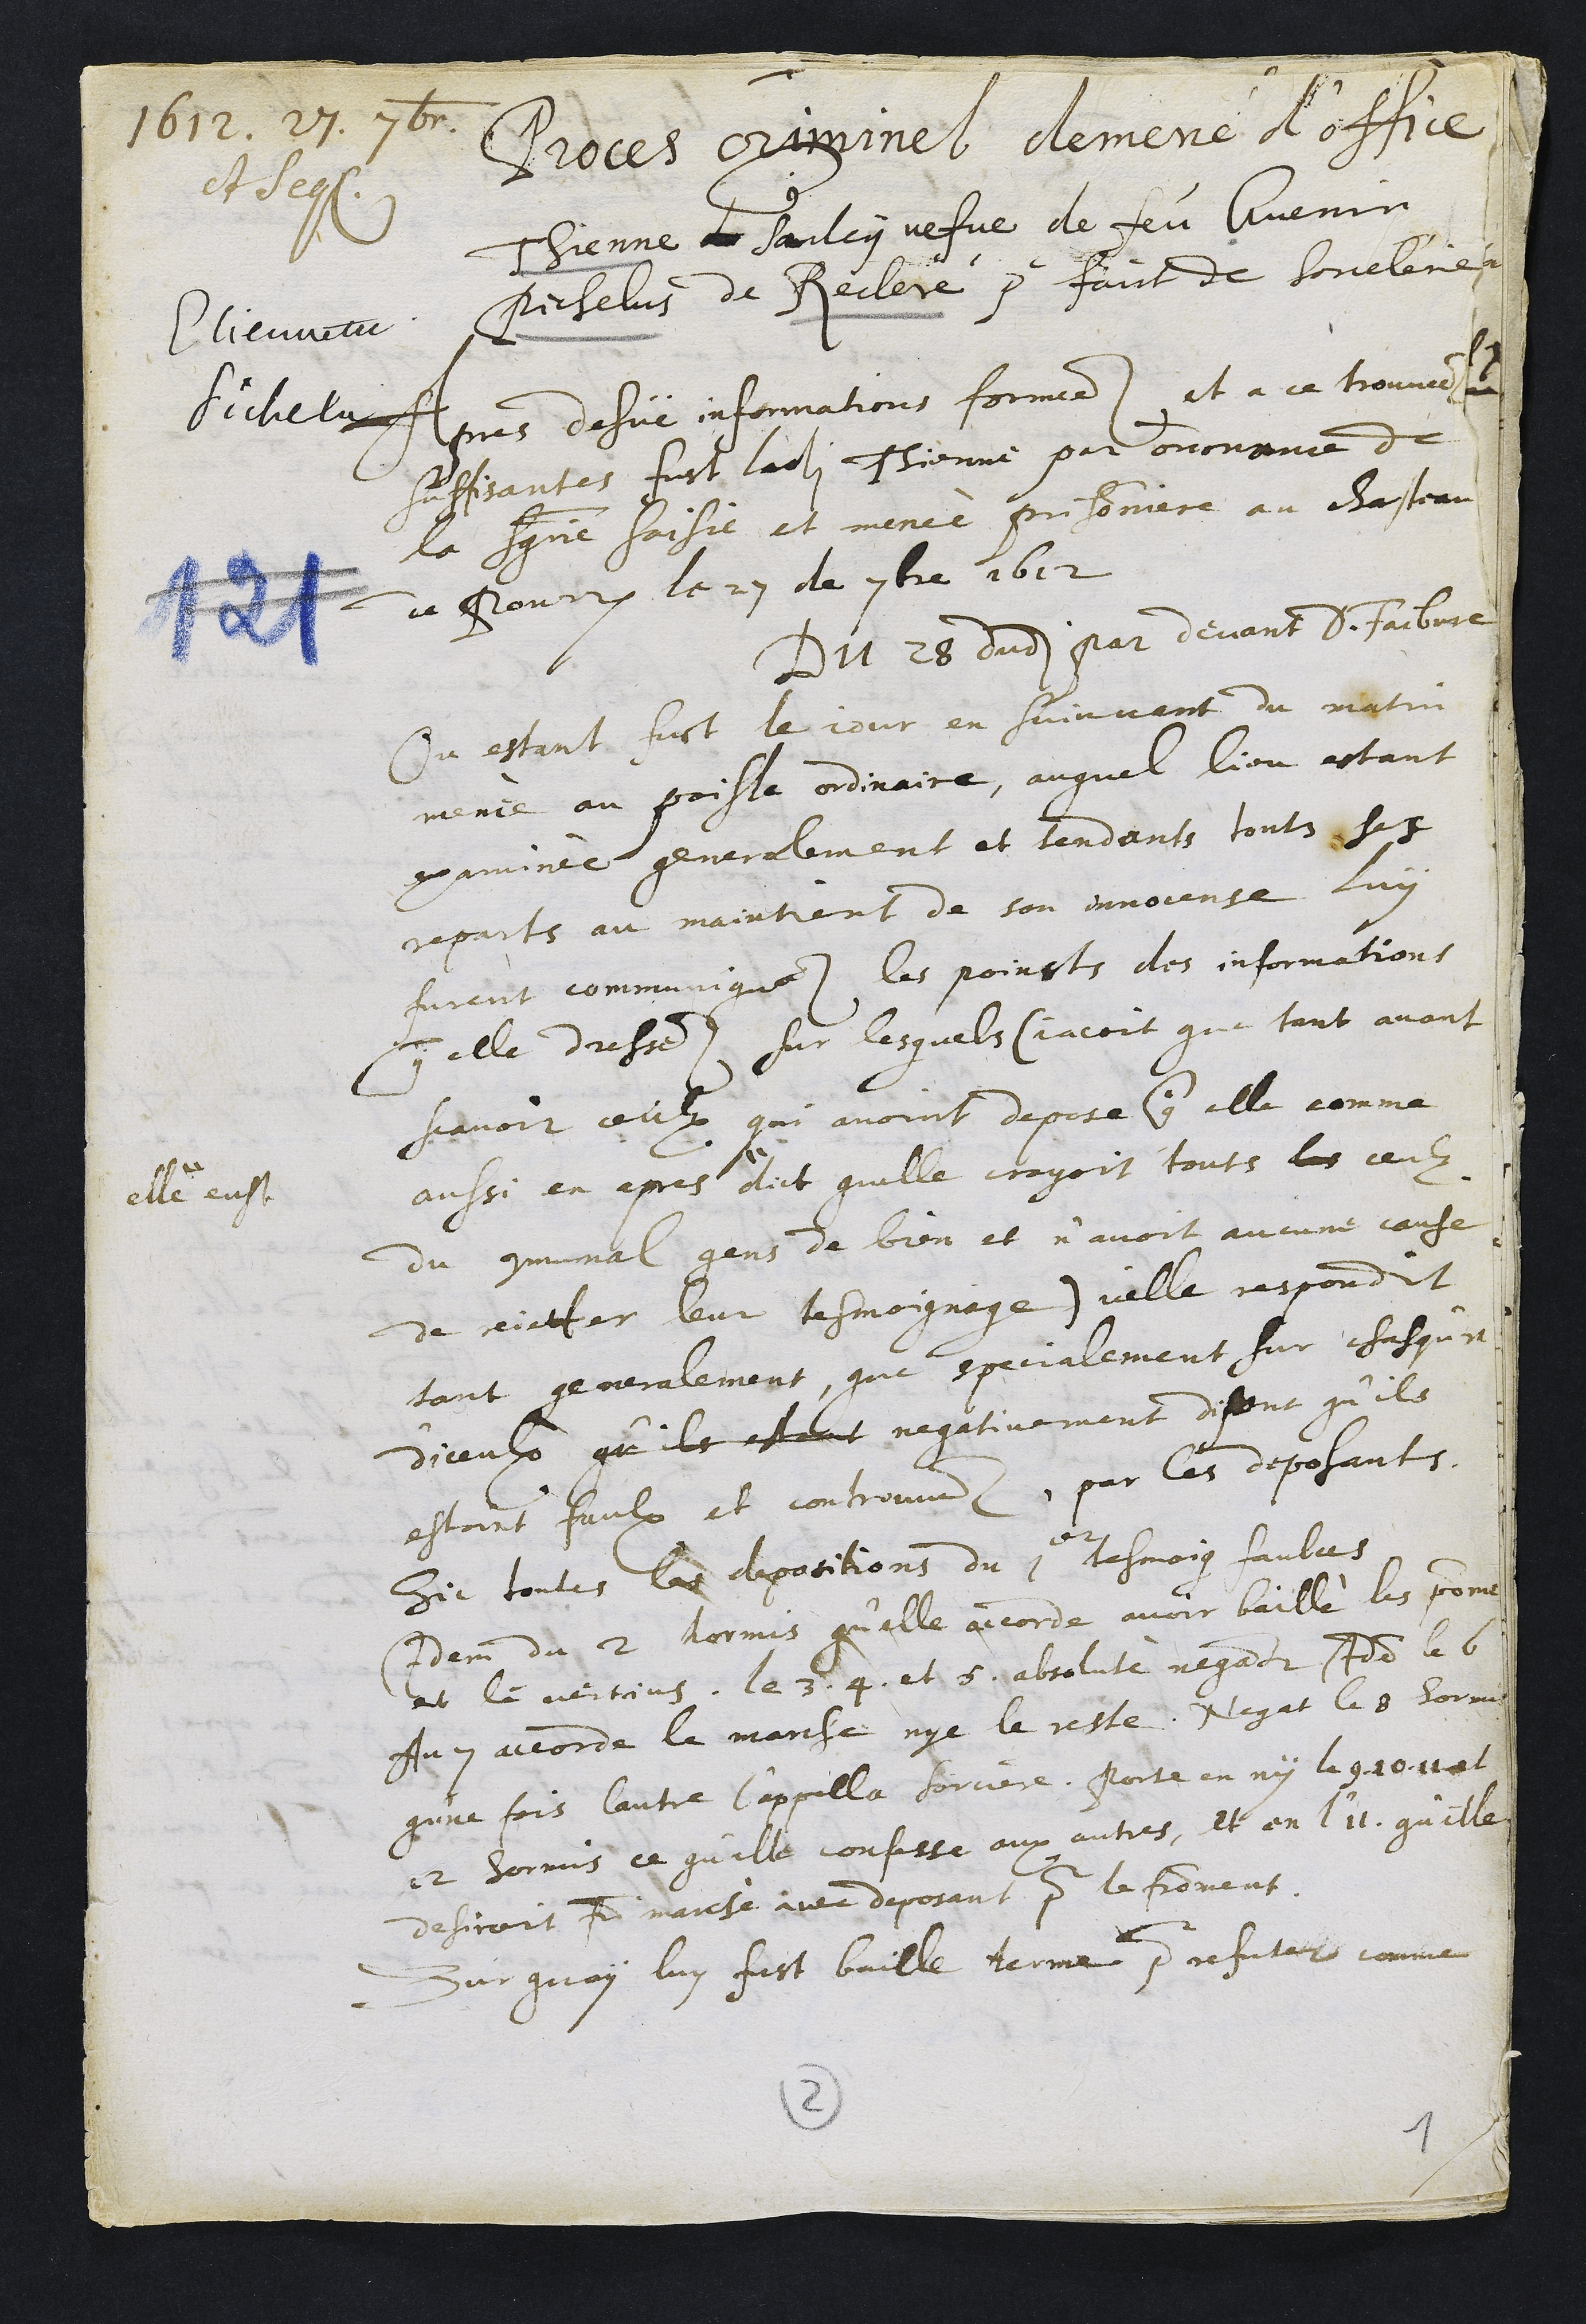
+
1612. 27. 7br
et seq.
Etiennette
Pichelu
Proces criminel demené d’office
Thienne de Saulcy vefve de feu Guenin
Pichelus de Reclere pour faict de sorcelerie
Apres dehüe informations formees et a ce trouvees
suffisantes fust ladite Thienne par ordonance de
la seigneurie saisie et menée prisonniere au chasteau
de Pourrentruy le 27 de 7bre 1612
Du 28 dudit par devant D. Faibvre
Ou estant fust le jour en suivvant du matin
menee au poisle ordinaire, auquel lieu estant
examinée generalement et tendants touts ses
reparts au maintient de son innocense luy
furent communiques les poincts des informations
contre elle dresses sur lesquels (jacoit que tant avant
scavoir ceulx qui avoint depose contre elle comme
aussi en apres #
# elle eust
dict quelle croyoit touts les ceulx
du communal gens de bien et n’avoit aucune cause
de rejetter leur tesmoignage) icelle respondit
tant generalement, que specialement sur chasqun
diceulx qu’ils estant negativement disant qu’ils
estoint faulx et controuves par les deposants.
Dit toutes les depositions du 1er tesmoig faulces
Idem du 2 hormis qu'elle accorde avoir baillé les pomme
et le vertjus, le 3. 4. et 5. absolute negavit Idem le 6
Au 7 accorde le marche, nye le reste, Negat le 8 hormis
qune fois lautre l’appella sorciere. porte en ny le 9. 10. 11 et
12 hormis ce qu'elle confesse aux autres, et en l'11. qu’elle
desiroit faire marché avec deposant pour le froment.
Sur quoy luy fust baille terme pour refuter comme

2

1